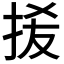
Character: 𭠮